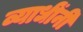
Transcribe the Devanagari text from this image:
व्याधींनी